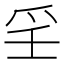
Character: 㸒